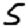
Digit: 5